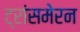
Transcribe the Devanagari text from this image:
ट्रांसमेरन